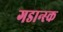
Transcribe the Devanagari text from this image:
गडान्स्क